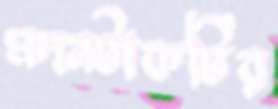
মদনটাকটির